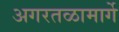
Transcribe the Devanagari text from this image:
अगरतळामार्गे